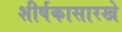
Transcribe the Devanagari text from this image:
शीर्षकासारखे